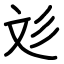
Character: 彣